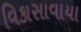
વિકાસાવાયા